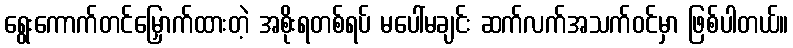
ရွေးကောက်တင်မြှောက်ထားတဲ့ အစိုးရတစ်ရပ် မပေါ်မချင်း ဆက်လက်အသက်ဝင်မှာ ဖြစ်ပါတယ်။